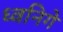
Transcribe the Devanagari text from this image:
ध्वनिगे